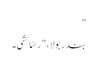
"
بندر بولا، "رسّا کشی۔